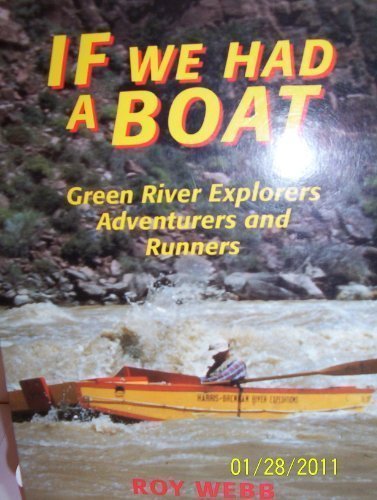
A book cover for If We Had a Boat: Green River Explorers, Adventurers, and Runners (Bonneville Books); Roy Webb; Travel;